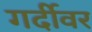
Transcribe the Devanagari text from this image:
गर्दीवर